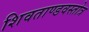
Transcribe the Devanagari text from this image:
शिवताण्डवस्तोत्र